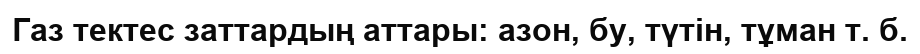
Газ тектес заттардың аттары: азон, бу, түтін, тұман т. б.